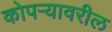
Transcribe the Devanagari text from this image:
कोपर्‍यावरील